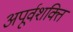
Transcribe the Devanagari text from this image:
अपूर्वशक्ति